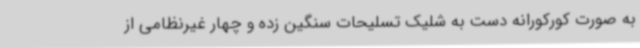
به صورت کورکورانه دست به شلیک تسلیحات سنگین زده و چهار غیرنظامی از